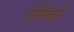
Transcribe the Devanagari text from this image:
रेतिली